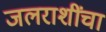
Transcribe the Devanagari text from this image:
जलराशींचा